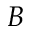
B